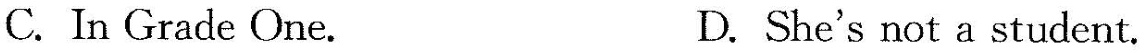
C. In Grade One. D. She's not a student.